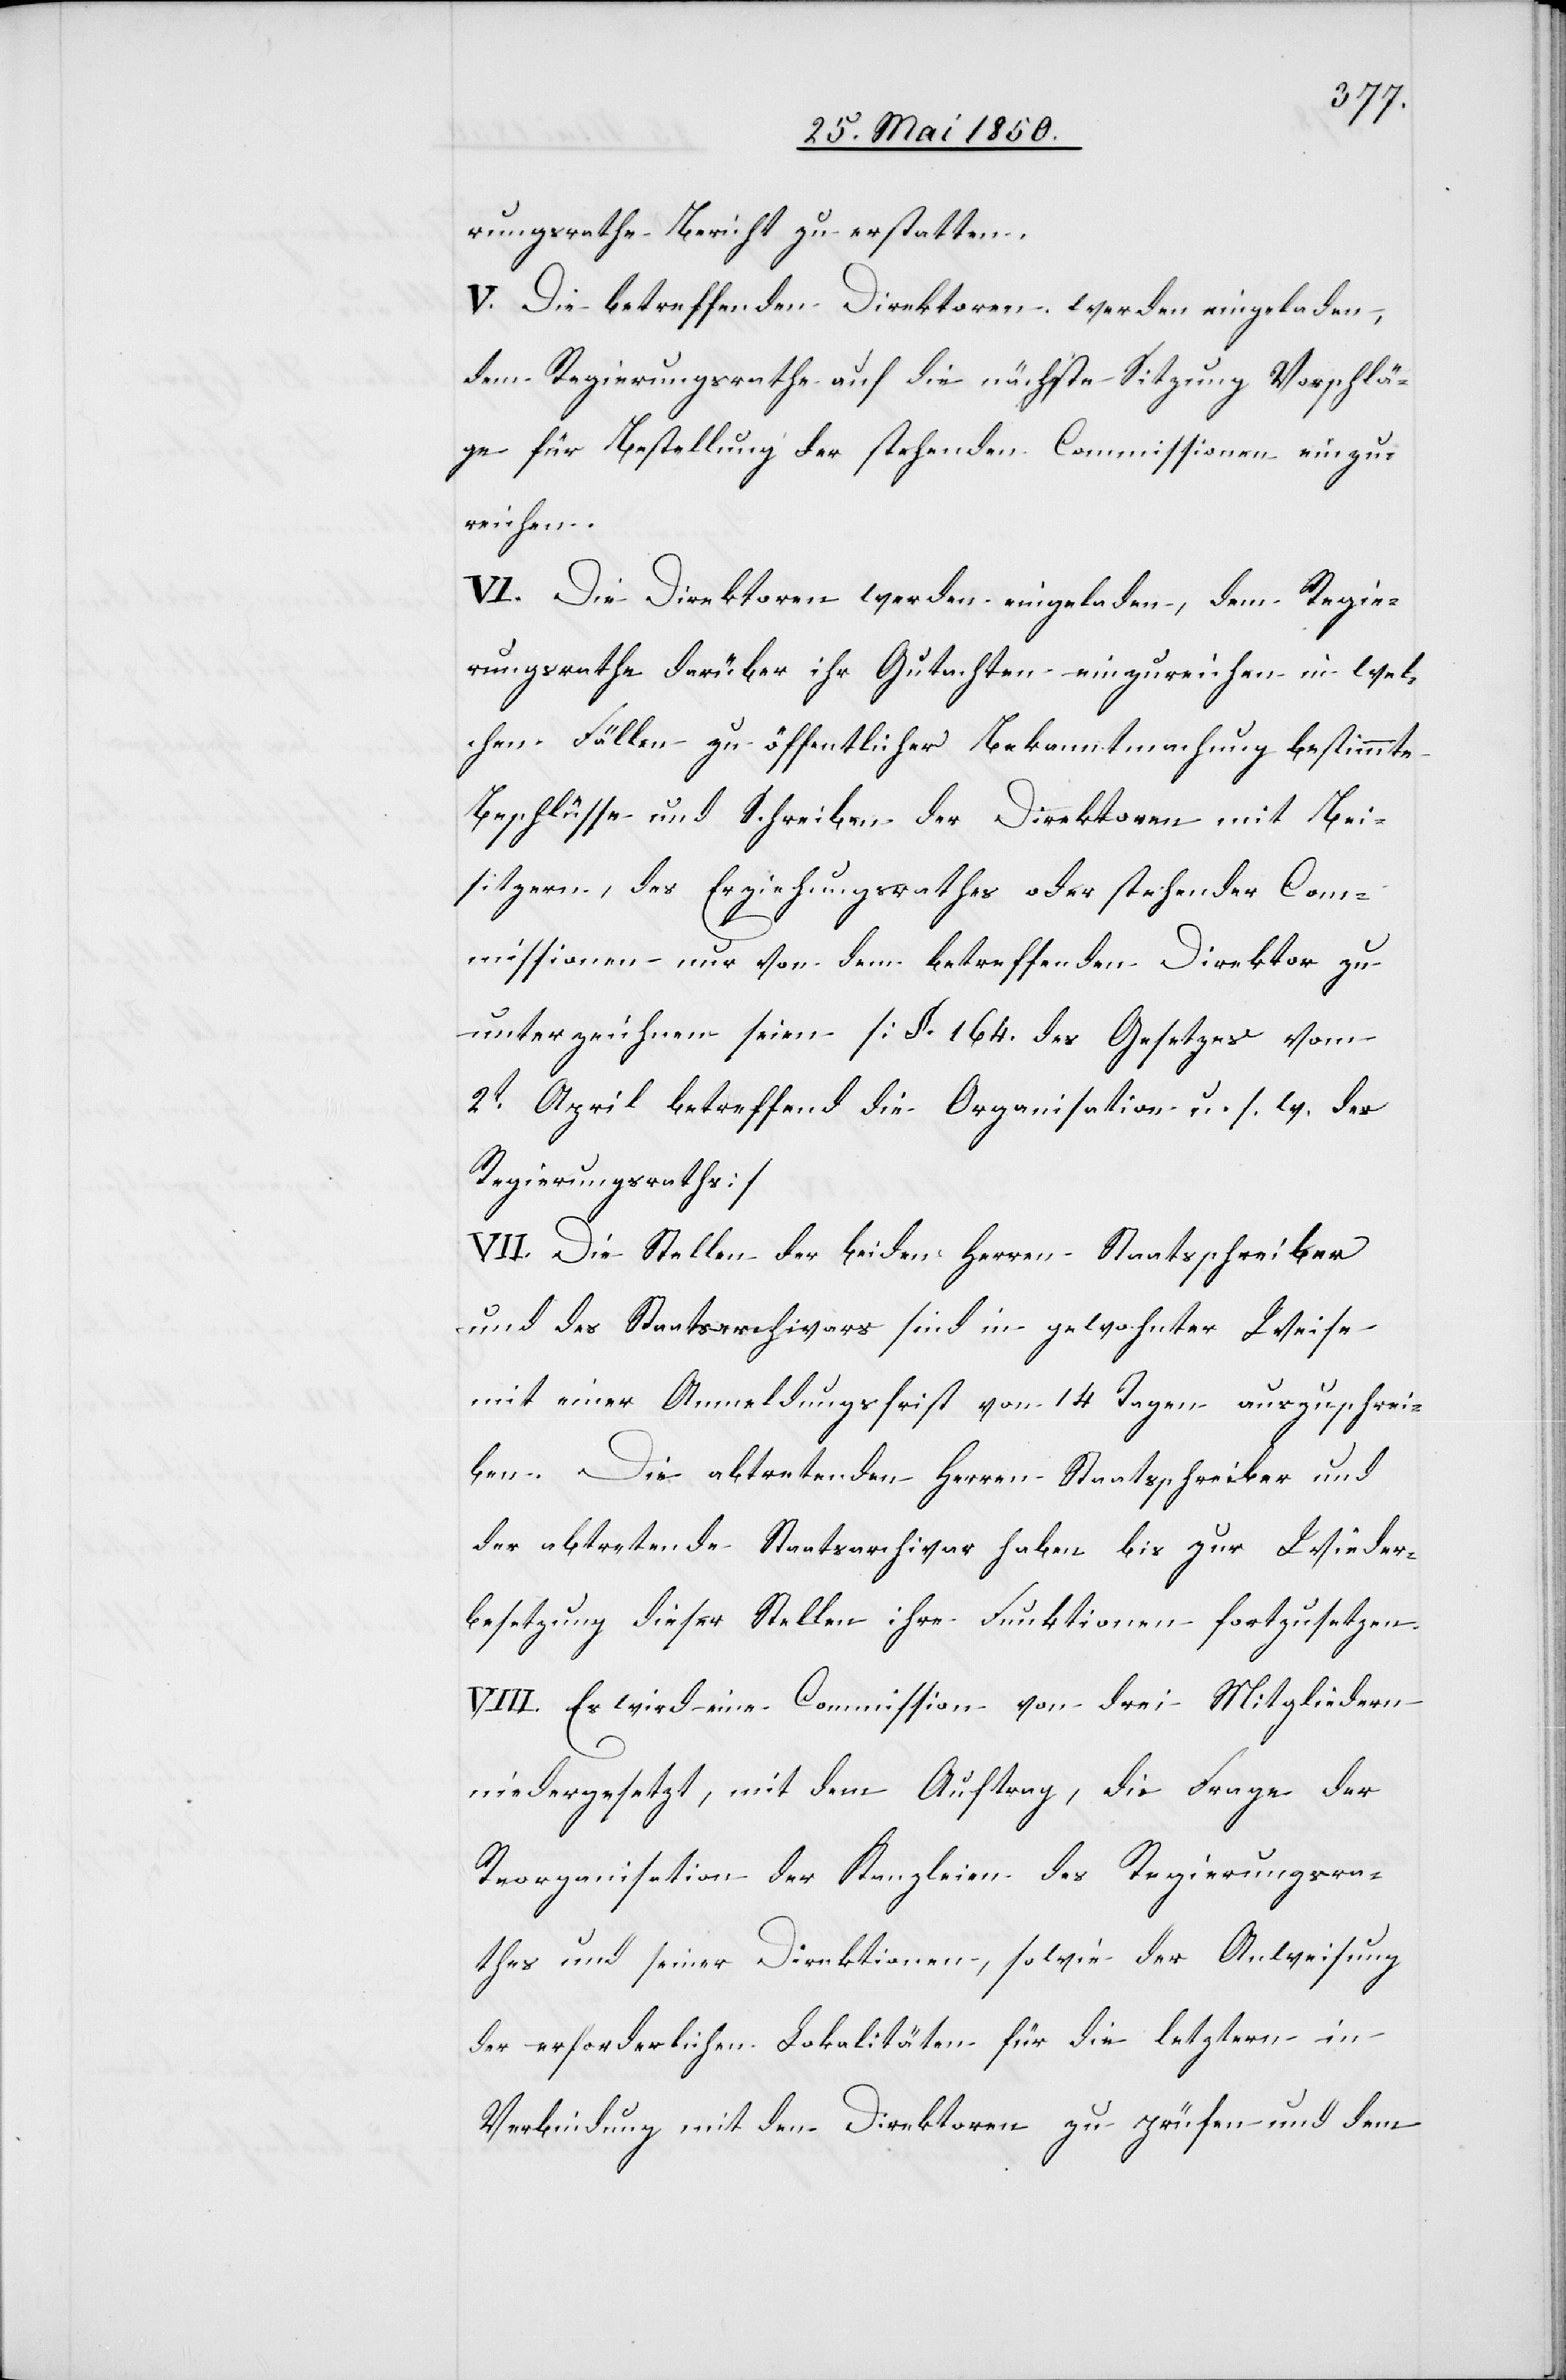
rungsrathe Bericht zu erstatten.
V. Die betreffenden Direktoren werden eingeladen,
dem Regierungsrathe auf die nächste Sitzung Vorschlä¬
ge für Bestellung der stehenden Commissionen einzu¬
reichen.
VI. Die Direktoren werden eingeladen, dem Regie¬
rungsrathe darüber ihr Gutachten einzureichen in wel¬
chen Fällen zu öffentlicher Bekanntmachung bestimmte
Beschlüsse und Schreiben der Direktoren mit Bei¬
sitzern, des Erziehungsrathes oder stehender Com¬
missionen nur von dem betreffenden Direktor zu
unterzeichnen seien [§. 164. des Gesetzes vom
2t April betreffend die Organisation u. s. w. des
Regierungsrathes]
VII. Die Stellen der beiden Herren Staatsschreiber
und des Staatsarchivars sind in gewohnter Weise
mit einer Anmeldungsfrist von 14 Tagen auszuschrei¬
ben. Die abtretenden Herren Staatsschreiber und
der abtretende Staatsarchivar haben bis zur Wieder¬
besetzung dieser Stellen ihre Funktionen fortzusetzen.
VIII. Es wird eine Commission von drei Mitgliedern
niedergesetzt, mit dem Auftrag, die Frage der
Reorganisation der Kanzleien des Regierungsra¬
thes und seiner Direktionen, sowie der Anweisung
der erforderlichen Lokalitäten für die letztern in
Verbindung mit den Direktoren zu prüfen und dem